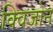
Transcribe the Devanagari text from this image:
क्विजोन